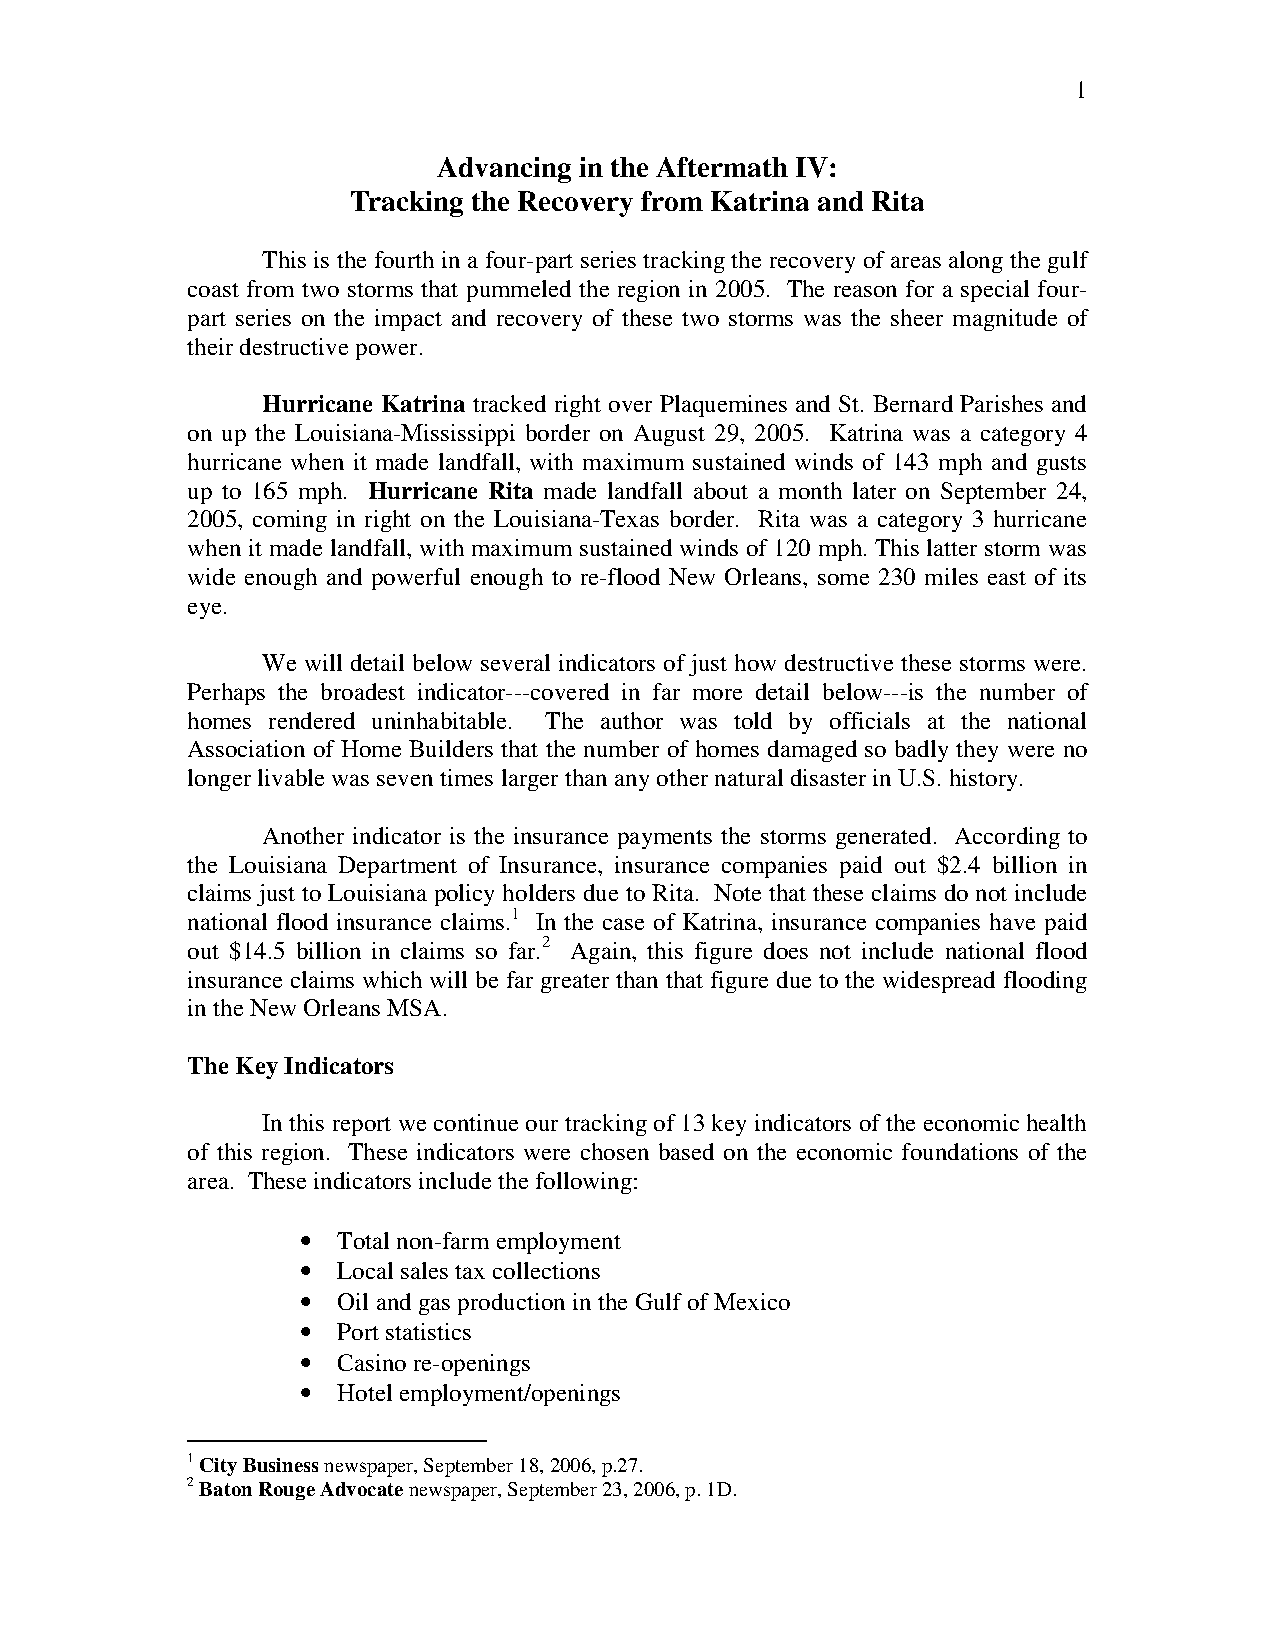
1
 Advancing in the Aftermath IV:
 Tracking the Recovery from Katrina and Rita
 This is the fourth in a four-part series tracking the recovery of areas along the gulf
 coast from two storms that pummeled the region in 2005. The reason for a special four-
 part series on the impact and recovery of these two storms was the sheer magnitude of
 their destructive power.
 Hurricane Katrina tracked right over Plaquemines and St. Bernard Parishes and
 on up the Louisiana-Mississippi border on August 29, 2005. Katrina was a category 4
 hurricane when it made landfall, with maximum sustained winds of 143 mph and gusts
 up to 165 mph. Hurricane Rita made landfall about a month later on September 24,
 2005, coming in right on the Louisiana-Texas border. Rita was a category 3 hurricane
 when it made landfall, with maximum sustained winds of 120 mph. This latter storm was
 wide enough and powerful enough to re-flood New Orleans, some 230 miles east of its
 eye.
 We will detail below several indicators of just how destructive these storms were.
 Perhaps the broadest indicator---covered in far more detail below---is the number of
 homes rendered uninhabitable. The author was told by officials at the national
 Association of Home Builders that the number of homes damaged so badly they were no
 longer livable was seven times larger than any other natural disaster in U.S. history.
 Another indicator is the insurance payments the storms generated. According to
 the Louisiana Department of Insurance, insurance companies paid out $2.4 billion in
 claims just to Louisiana policy holders due to Rita. Note that these claims do not include
 national flood insurance claims.1 In the case of Katrina, insurance companies have paid
 out $14.5 billion in claims so far.2 Again, this figure does not include national flood
 insurance claims which will be far greater than that figure due to the widespread flooding
 in the New Orleans MSA.
 The Key Indicators
 In this report we continue our tracking of 13 key indicators of the economic health
 of this region. These indicators were chosen based on the economic foundations of the
 area. These indicators include the following:
 • Total non-farm employment
 • Local sales tax collections
 • Oil and gas production in the Gulf of Mexico
 • Port statistics
 • Casino re-openings
 • Hotel employment/openings
 1 City Business newspaper, September 18, 2006, p.27.
 2 Baton Rouge Advocate newspaper, September 23, 2006, p. 1D.